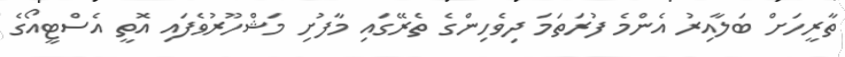
ތާރީހަށް ބަލާއިރު އެންމެ ފުރަތަމަ ދިވެހިންގެ ތެރޭގައި މާފުށި މަޝްހޫރުވެފައި އޮތީ އެސްޓީއޯގެ